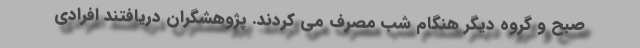
صبح و گروه دیگر هنگام شب مصرف می کردند. پژوهشگران دریافتند افرادی